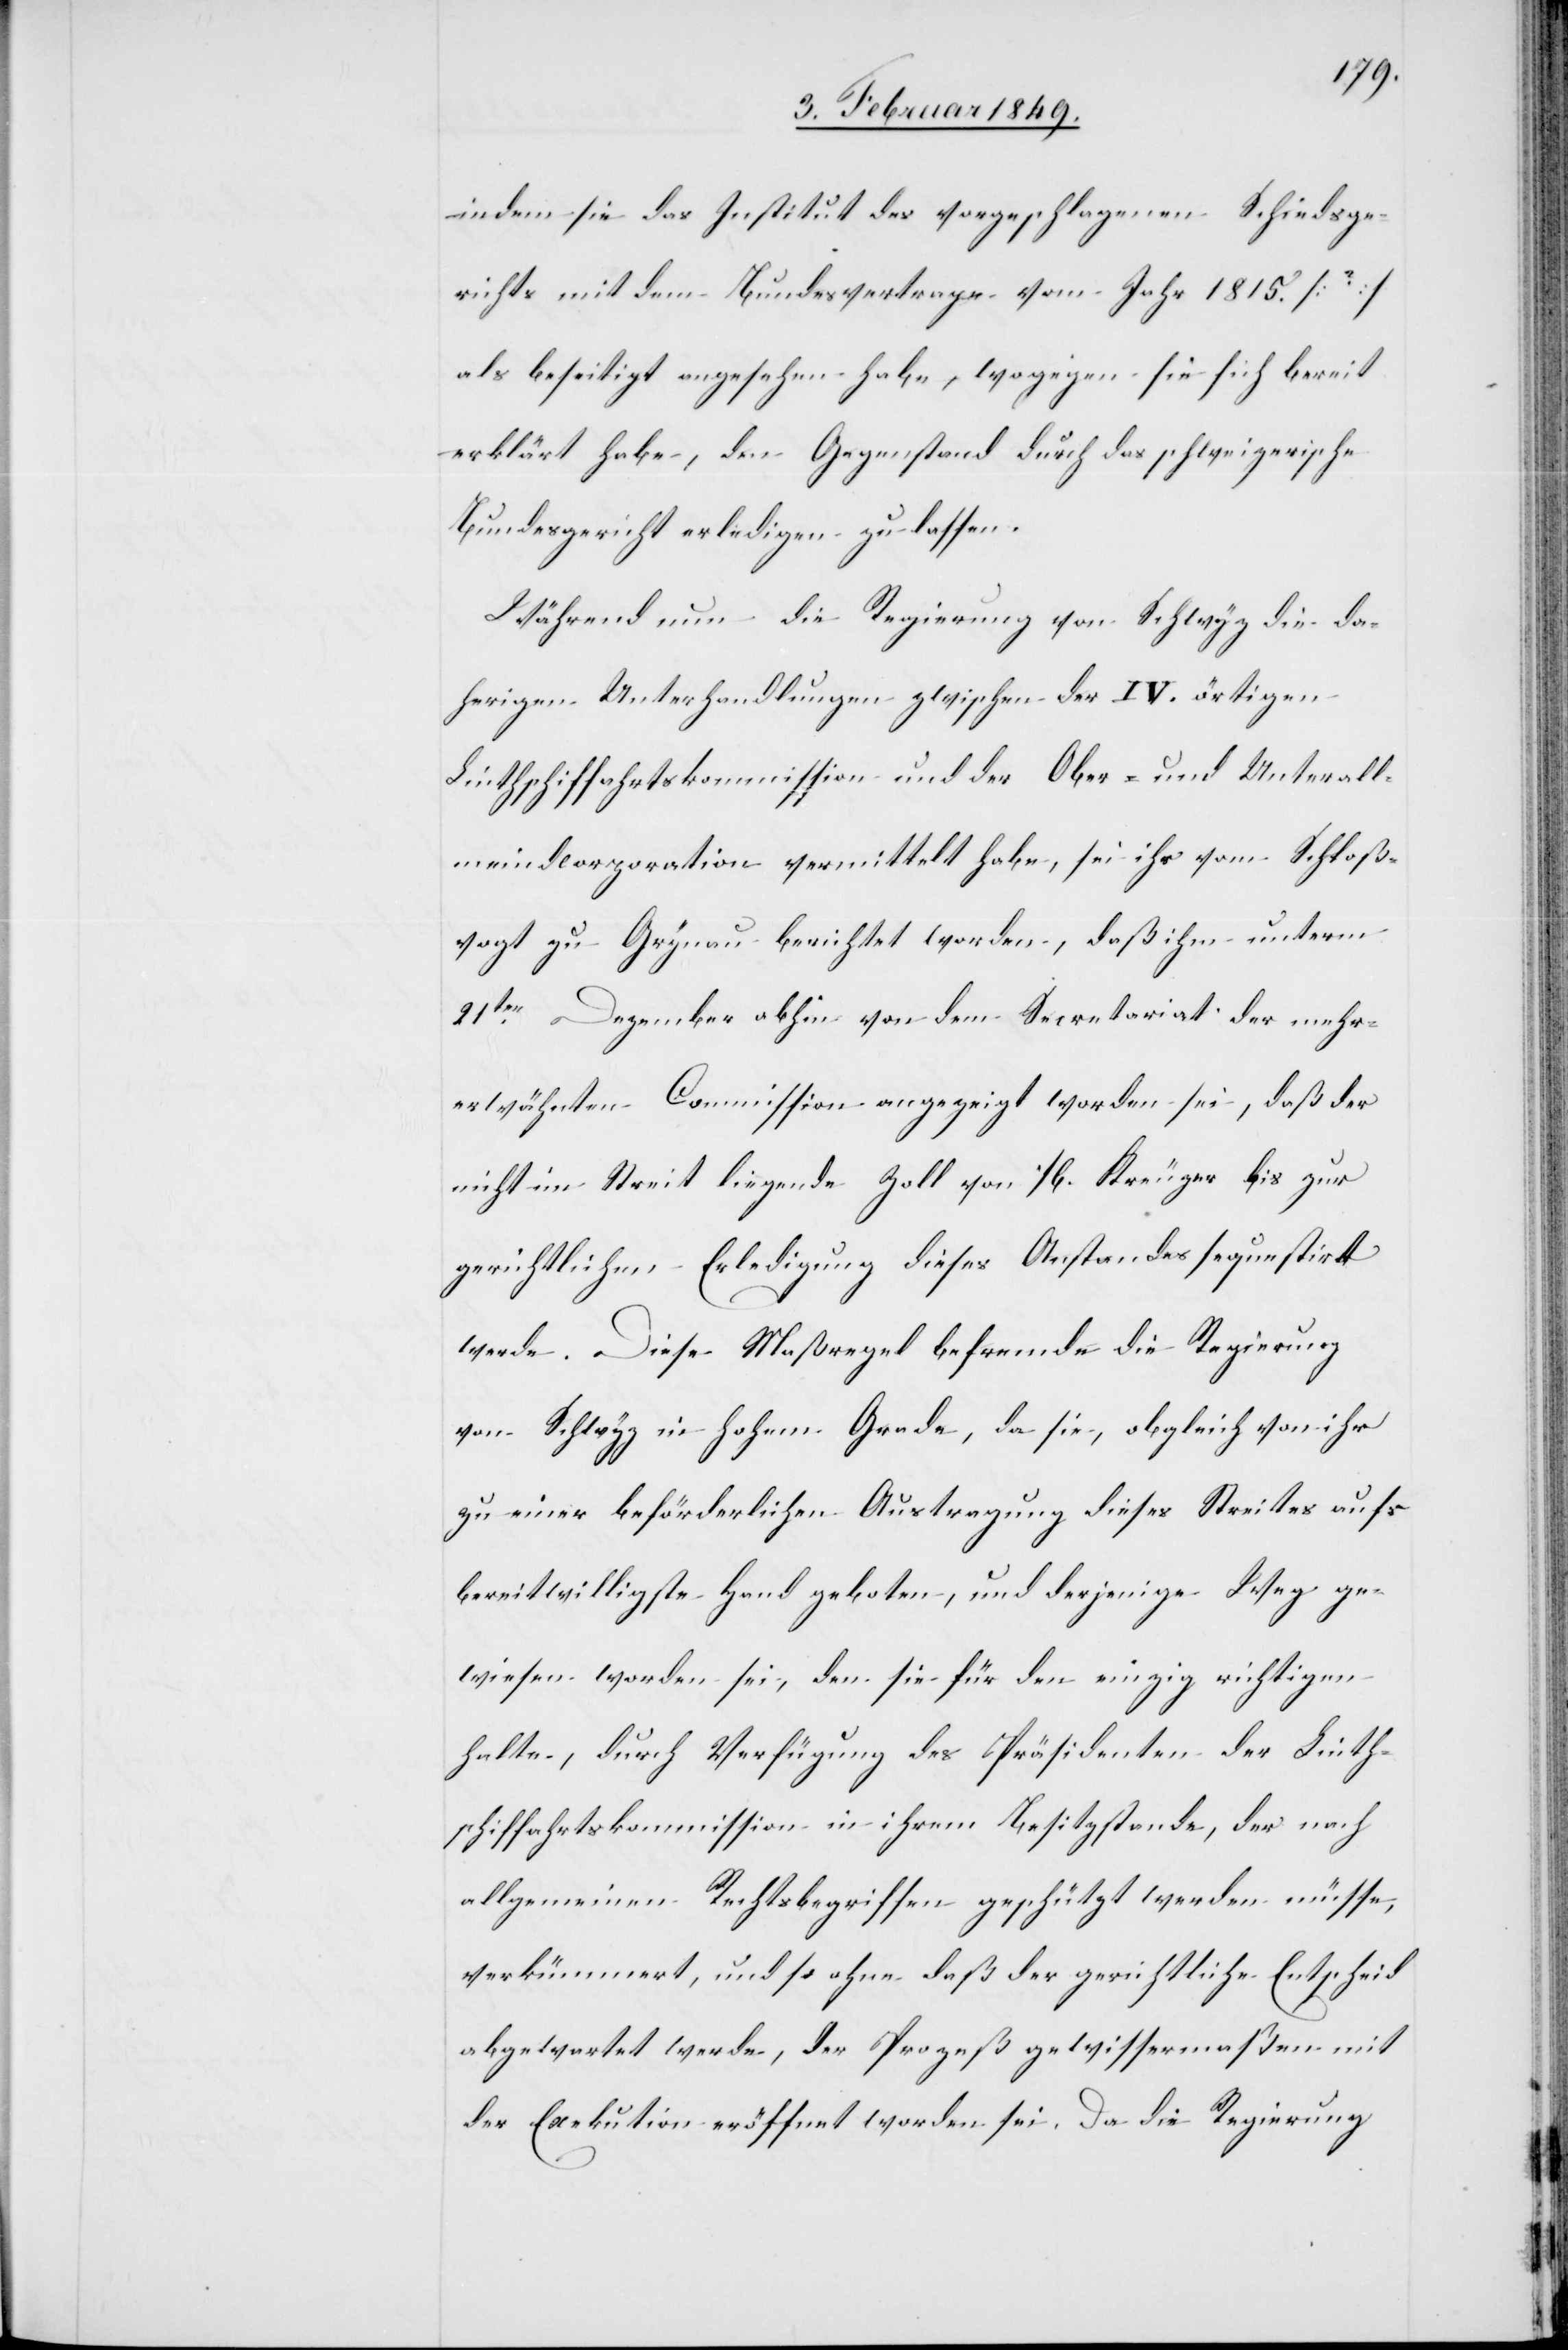
indem sie das Institut des vorgeschlagenen Schiedsge¬
richts mit dem Bundesvertrage vom Jahr 1815. [?]
als beseitigt angesehen habe, wogegen sie sich bereit
erklärt habe, den Gegenstand durch das schweizerische
Bundesgericht erledigen zu lassen.
Während nun die Regierung von Schwyz die da¬
herigen Unterhandlungen zwischen der IV. örtigen
Linthschiffahrtskommission und der Ober- und Unterall¬
meindcorporation vermittelt habe, sei ihr vom Schloß¬
vogt zu Grynau berichtet worden, daß ihm unterm
21ten. Dezember abhin von dem Secretariat der mehr¬
erwähnten Commission angezeigt worden sei, daß der
nicht im Streit liegende Zoll von 1/6. Kreuzer bis zur
gerichtlichen Erledigung dieses Anstandes sequestirt
werde. Diese Maßregel befremde die Regierung
von Schwyz in hohem Grade, da sie, obgleich von ihr
zu einer beförderlichen Austragung dieses Streites aufs
bereitwilligste Hand geboten, und derjenige Weg ge¬
wiesen worden sei, den sie für den einzig richtigen
halte, durch Verfügung des Präsidenten der Linth¬
schiffahrtskommission in ihrem Besitzstande, der nach
allgemeinen Rechtsbegriffen geschützt werden müsse,
verkümmert, und so ohne daß der gerichtliche Entscheid
abgewartet werde, der Prozeß gewissermaßen mit
der Exekution eröffnet worden sei. Da die Regierung